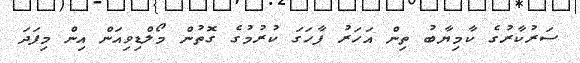
ސަރުކާރުގެ ކާމިޔާބު ތިން އަހަރު ފާހަގަ ކުރުމުގެ ގޮތުން މޯލްޑިވިއަން އިން މިފަދަ